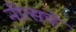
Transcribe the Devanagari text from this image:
नीत्सचे